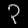
Digit: ၃